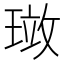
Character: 𪼂